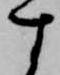
す